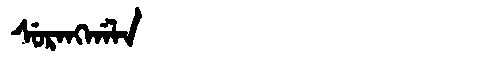
Manchu: ᠰᡠᡵᠠᠩᡤᠠᠯᠠ
Romanization: SURANGGALA